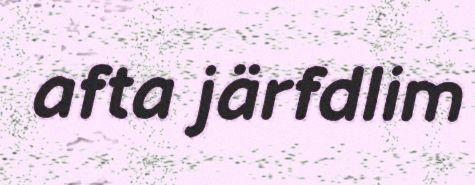
afta järfdlim